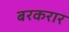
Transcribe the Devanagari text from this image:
बरकरार